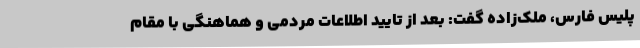
پلیس فارس، ملک‌زاده گفت: بعد از تایید اطلاعات مردمی و هماهنگی با مقام